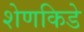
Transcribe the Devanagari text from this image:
शेणकिडे